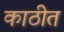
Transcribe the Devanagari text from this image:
काठीत